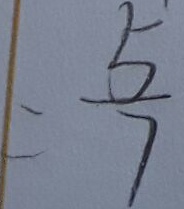
= \frac { 5 } { 7 }